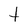
Character: t